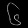
Digit: ၆